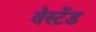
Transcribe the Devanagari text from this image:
वेस्टेंड